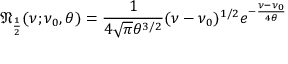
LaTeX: { \mathfrak { N } } _ { \frac { 1 } { 2 } } ( \nu ; \nu _ { 0 } , \theta ) = { \frac { 1 } { 4 { \sqrt { \pi } } \theta ^ { 3 / 2 } } } ( \nu - \nu _ { 0 } ) ^ { 1 / 2 } e ^ { - { \frac { \nu - \nu _ { 0 } } { 4 \theta } } }